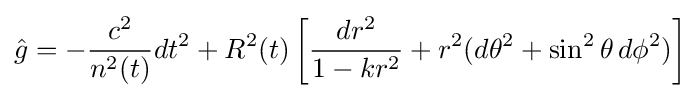
{\hat {g}}=-{\frac {c^{2}}{n^{2}(t)}}dt^{2}+R^{2}(t)\left[{\frac {dr^{2}}{1-kr^{2}}}+r^{2}(d\theta ^{2}+\sin ^{2}\theta \,d\phi ^{2})\right]